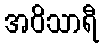
အဝိသာရီ